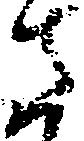
さ